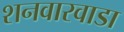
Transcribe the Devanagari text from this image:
शनवारवाडा